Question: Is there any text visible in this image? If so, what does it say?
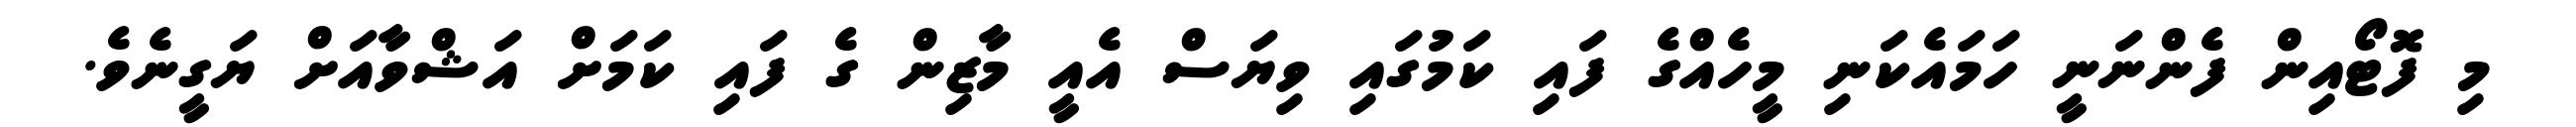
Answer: މި ފޮޓޯއިން ފެންނަނީ ހަމައެކަނި މީހެއްގެ ފައި ކަމުގައި ވިޔަސް އެއީ މާޒިން ގެ ފައި ކަމަށް އަޝްވާއަށް ޔަގީނެވެ.